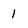
Character: 1